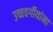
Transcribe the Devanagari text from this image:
उच्चवर्गीयांना